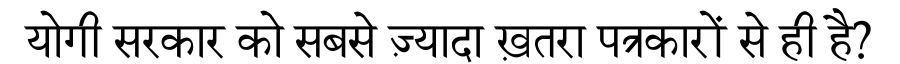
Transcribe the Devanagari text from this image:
योगी सरकार को सबसे ज़्यादा ख़तरा पत्रकारों से ही है?